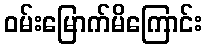
ဝမ်းမြောက်မိကြောင်း